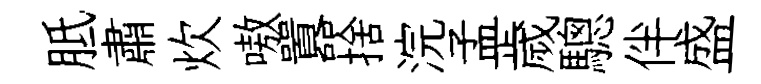
胝肅炊嗷囂捨浣孟歲驄伴盛